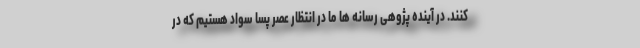
کنند. در آینده پژوهی رسانه ها ما در انتظار عصر پسا سواد هستیم که در